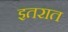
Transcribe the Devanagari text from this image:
इतरात